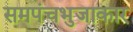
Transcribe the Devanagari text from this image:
समपंचभुजाकार